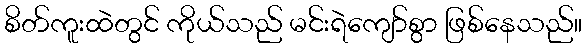
စိတ်ကူးထဲတွင် ကိုယ်သည် မင်းရဲကျော်စွာ ဖြစ်နေသည်။